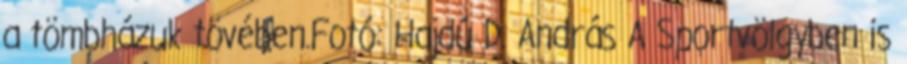
a tömbházuk tövében.Fotó: Hajdú D. András A Sportvölgyben is